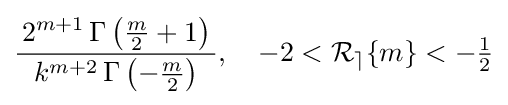
{\frac {\,2^{m+1}\,\Gamma \left({\tfrac {m}{2}}+1\right)\,}{k^{m+2}\,\Gamma \left(-{\tfrac {m}{2}}\right)}},\quad -2<{\mathcal {R_{e}}}\{m\}<-{\tfrac {1}{2}}